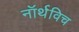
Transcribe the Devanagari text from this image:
नॉर्थविच